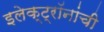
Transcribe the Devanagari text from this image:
इलेक्ट्रॉनांची